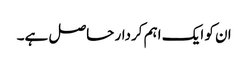
ان کو ایک اہم کردار حاصل ہے۔